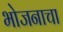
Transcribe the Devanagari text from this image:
भोजनाचा